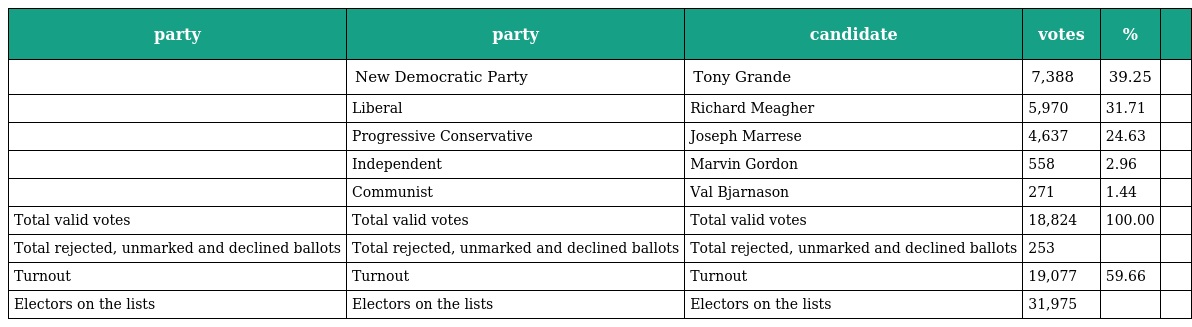
| party | party | candidate | votes | % |  |
 | --- | --- | --- | --- | --- | --- |
 |  | New Democratic Party | Tony Grande | 7,388 | 39.25 |  |
 |  | Liberal | Richard Meagher | 5,970 | 31.71 |  |
 |  | Progressive Conservative | Joseph Marrese | 4,637 | 24.63 |  |
 |  | Independent | Marvin Gordon | 558 | 2.96 |  |
 |  | Communist | Val Bjarnason | 271 | 1.44 |  |
 | Total valid votes | Total valid votes | Total valid votes | 18,824 | 100.00 |  |
 | Total rejected, unmarked and declined ballots | Total rejected, unmarked and declined ballots | Total rejected, unmarked and declined ballots | 253 |  |  |
 | Turnout | Turnout | Turnout | 19,077 | 59.66 |  |
 | Electors on the lists | Electors on the lists | Electors on the lists | 31,975 |  |  |